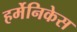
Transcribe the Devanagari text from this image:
हर्मेनिकेस